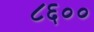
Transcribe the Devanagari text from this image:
८६००